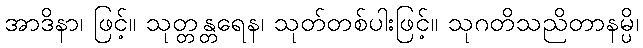
အာဒိနာ၊ ဖြင့်။ သုတ္တန္တရေန၊ သုတ်တစ်ပါးဖြင့်။ သုဂတိသညိတာနမ္ပိ၊